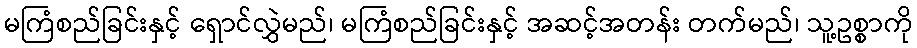
မကြံစည်ခြင်းနှင့် ရှောင်လွှဲမည်၊ မကြံစည်ခြင်းနှင့် အဆင့်အတန်း တက်မည်၊ သူ့ဥစ္စာကို